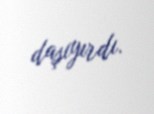
daşıyırdı.